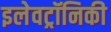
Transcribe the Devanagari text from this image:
इलेवट्रॉनिकी